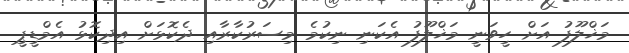
މަޚްލޫފު އަށް ހީވަނީ މަޚްލޫފު އެކަނި ނިކުމެ މިސަރުކާރާއި ދެކޮޅަށް އިދިކޮޅު އެމްޑީޕީ